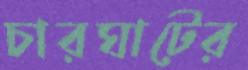
চারঘাটের